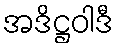
အဒိဋ္ဌဝါဒီ